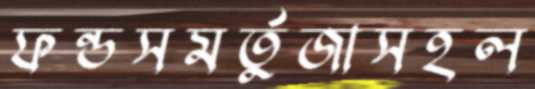
ফন্ডসমর্তুজাসহল